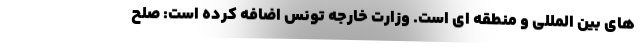
های بین المللی و منطقه ای است. وزارت خارجه تونس اضافه کرده است: صلح